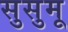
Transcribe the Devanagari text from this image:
सुसुमू